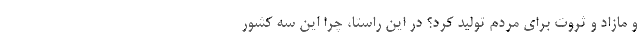
و مازاد و ثروت برای مردم تولید کرد؟ در این راستا، چرا این سه کشور